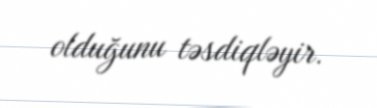
olduğunu təsdiqləyir.